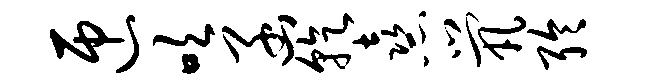
匝吹函乾熹茕聆